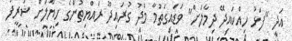
އަދި "ފަޅު ހިއްކައިދޭ ދިމާލަށް" ވަޑައިގަތުމާ މެދު ގުރައިދޫ ރައްޔިތުންގެ ހިޔާލަށް ޝަރީފު